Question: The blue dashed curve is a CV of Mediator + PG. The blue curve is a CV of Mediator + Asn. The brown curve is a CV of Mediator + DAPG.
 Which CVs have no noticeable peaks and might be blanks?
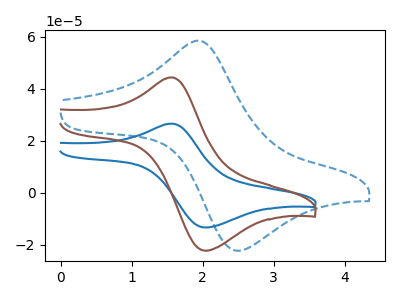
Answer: <think>The blue dashed curve "Mediator + PG" has an anodic peak at (1.95V, 58.45uA) and a cathodic peak at (2.45V, -22.20uA). The blue curve "Mediator + Asn" has an anodic peak at (1.55V, 26.60uA) and a cathodic peak at (2.05V, -13.30uA). The brown curve "Mediator + DAPG" has an anodic peak at (1.55V, 44.35uA) and a cathodic peak at (2.05V, -22.25uA).</think>
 <answer>There are not any CV's on this graph that are likely to be blanks.</answer>
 <eval>none</eval>